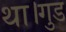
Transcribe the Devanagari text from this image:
था।गुड